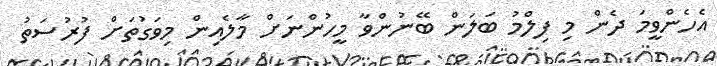
އެހެންވީމަ ދެން މި ފިލްމު ބަލަން ބޭނުންވާ މީހުންނަށް މާލެއިން މިވަގުތަށް ފުރުސަތު